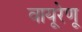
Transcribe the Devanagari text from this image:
वायूरेणू